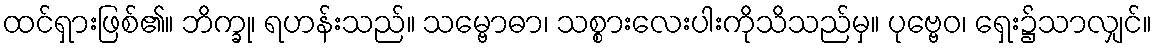
ထင်ရှားဖြစ်၏။ ဘိက္ခု၊ ရဟန်းသည်။ သမ္ဗောဓာ၊ သစ္စားလေးပါးကိုသိသည်မှ။ ပုဗ္ဗေဝ၊ ရှေး၌သာလျှင်။